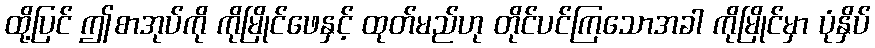
ထို့ပြင် ဤစာအုပ်ကို ကိုမြိုင်ဖေနှင့် ထုတ်မည်ဟု တိုင်ပင်ကြသောအခါ ကိုမြိုင်မှာ ပုံနှိပ်